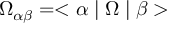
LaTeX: \Omega _ { \alpha \beta } = < \alpha \mid \Omega \mid \beta >